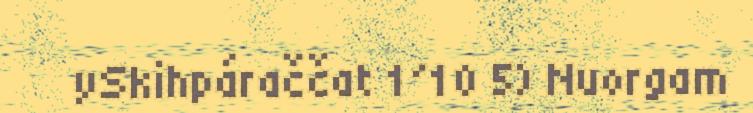
ySkihpáraččat 1´10 5) Nuorgam